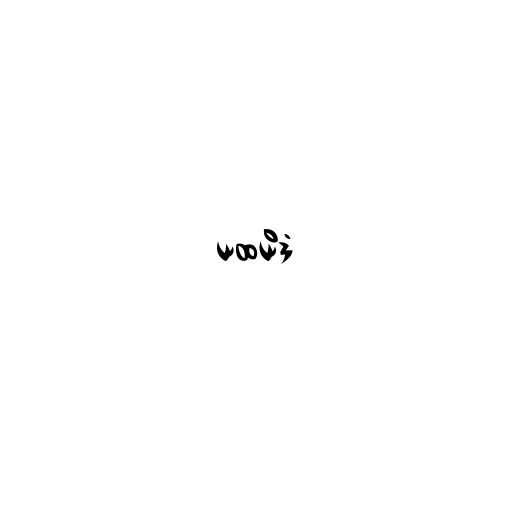
ယထယိဒံ